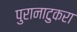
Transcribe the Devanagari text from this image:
पुरानाटुकरा